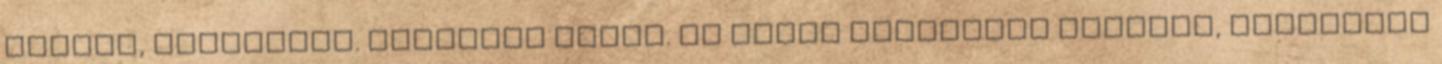
körtét, sütőtököt. Átálltam őszre. Ma pedig színházba megyünk, meghívtak